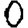
Digit: 0